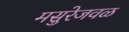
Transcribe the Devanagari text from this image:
मसुरेजवळ